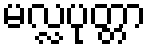
မလ္လပုတ္တာ